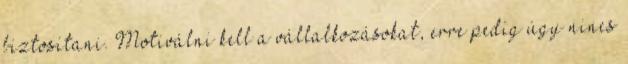
biztosítani. Motiválni kell a vállalkozásokat, erre pedig úgy nincs